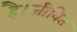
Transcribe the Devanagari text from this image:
है।जीवित